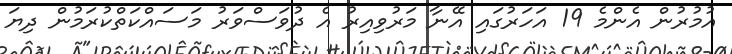
އުމުރުން އެންމެ 19 އަހަރުގައި އޭނާ މަރުވިއިރު އެ ދުވަސްވަރު މަސައްކަތްކުރަމުން ދިޔަ